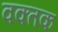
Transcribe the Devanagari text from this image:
वक्तक